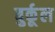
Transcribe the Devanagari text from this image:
बुर्कूल